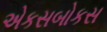
એકસબોકસ